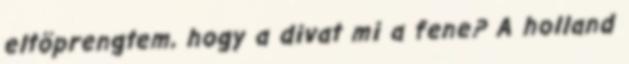
eltöprengtem, hogy a divat mi a fene? A holland